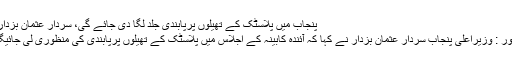
پنجاب میں پلاسٹک کے تھیلوں پرپابندی جلد لگا دی جائے گی، سردار عثمان بزدار -
لاہور : وزیراعلی پنجاب سردار عثمان بزدار نے کہا کہ آئندہ کابینہ کے اجلاس میں پلاسٹک کے تھیلوں پرپابندی کی منظوری لی جائیگی۔